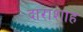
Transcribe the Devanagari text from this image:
दाराशाह